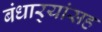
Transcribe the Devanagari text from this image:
बंधार्‍यांसह